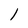
Character: 1